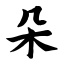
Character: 朵